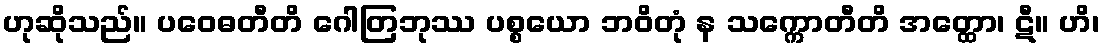
ဟုဆိုသည်။ ပဝေဓတီတိ ဂေါတြဘုဿ ပစ္စယော ဘဝိတုံ န သက္ကောတီတိ အတ္ထော၊ ဋီ။ ဟိ၊